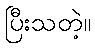
ပြီးသတဲ့။